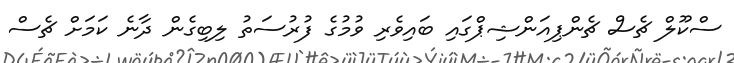
ސްކޫލް ޗެސް ޗެންޕިއަންޝިޕްގައި ބައިވެރި ވުމުގެ ފުރުސަތު ލިބިގެން ދާނެ ކަމަށް ޗެސް